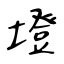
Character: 墱